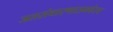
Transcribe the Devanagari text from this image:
जलसंधारणासमवेतच